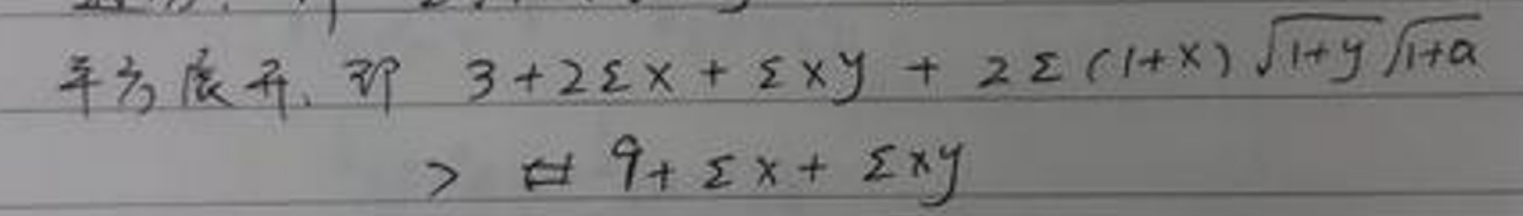
\[
\begin{align*}
&3 + 2\sum x+\sum xy+2\sum(1 + x)\sqrt{1 + y}\sqrt{1 + a}\\
>&9+\sum x+\sum xy
\end{align*}
\]